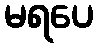
မရပေ